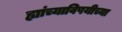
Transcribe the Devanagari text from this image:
ह्यांच्याविषयीच्या